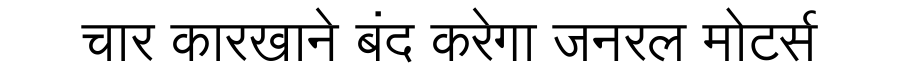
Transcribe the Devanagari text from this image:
चार कारखाने बंद करेगा जनरल मोटर्स